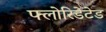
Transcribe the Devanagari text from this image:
फ्लोरिडेटेड